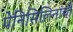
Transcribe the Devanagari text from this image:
पेनिसिलिनांची